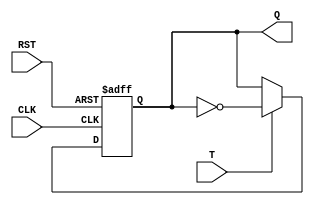
module t_flip_flop (
    input T,
    input CLK,
    input RST,
    output reg Q
);

always @(posedge CLK or posedge RST)
begin
    if(RST)
        Q <= 1'b0;  // Initialize to low state
    else if(T)
        Q <= ~Q;    // Toggle output state if T is high
end

endmodule